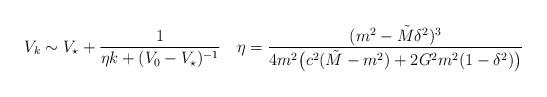
LaTeX: \begin{align*}V_k \sim V_\star + \frac{1}{\eta k + (V_0-V_\star)^{-1}}\quad\eta = \frac{(m^2-\tilde M \delta^2)^3}{4m^2\bigl( c^2(\tilde M-m^2) + 2G^2m^2(1-\delta^2)\bigr)}\end{align*}